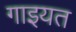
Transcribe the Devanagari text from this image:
गाइयत